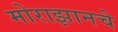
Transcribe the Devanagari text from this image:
मोराझानचे